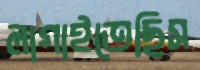
লাগাইতেছিস